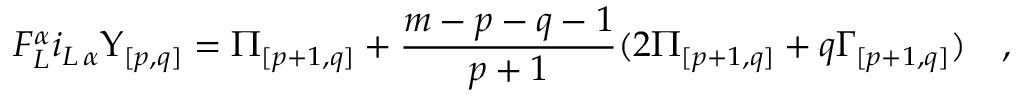
F _ { L } ^ { \alpha } i _ { L \, \alpha } { \Upsilon } _ { { [ p , q ] } } = { \Pi } _ { [ p + 1 , q ] } + { \frac { m - p - q - 1 } { p + 1 } } ( 2 { \Pi } _ { [ p + 1 , q ] } + q { \Gamma } _ { [ p + 1 , q ] } ) \quad ,